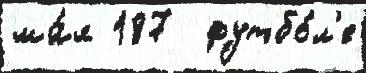
ма́я 187  футбо́л'е